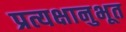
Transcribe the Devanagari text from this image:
प्रत्यक्षानुभूत